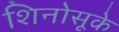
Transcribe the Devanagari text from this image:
शिनोसूके